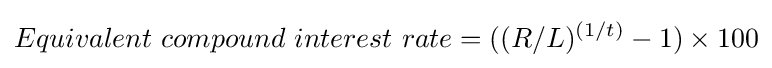
Equivalent\ compound\ interest\ rate=((R/L)^{(1/t)}-1)\times 100